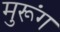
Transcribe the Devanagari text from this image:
मुरूंग